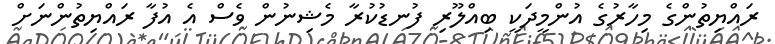
ރައްޔިތުންގެ މިހާރުގެ އުންމީދަކީ ބިއްލޫރި ފުނޑުކުރާ މެޝިނުން ވެސް އެ އުފާ ރައްޔިތުންނަށް